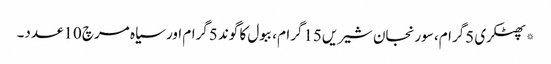
*پھٹکری 5گرام، سورنجان شیریں15گرام، ببول کا گوند 5گرام اور سیاہ مرچ 10عدد۔